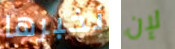
نخبرها لإن